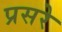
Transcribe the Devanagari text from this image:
प्रसरे